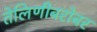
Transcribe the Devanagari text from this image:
तेलिणीबरोबर